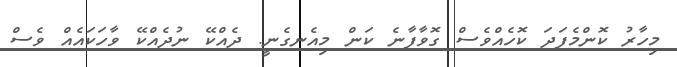
މިހާރު ކޮންމެފަދަ ކޮހެއްވެސް ގޮވާފާނެ ކަން މިއެނގެނީ. ދެއްކޭ ނުދެއްކޭ ވާހަކައެއް ވެސް